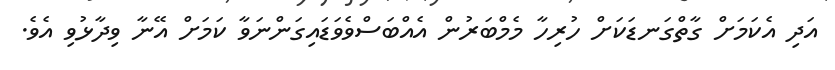
އަދި އެކަމަށް ގާތްގަނޑަކަށް ހުރިހާ މެމްބަރުން އެއްބަސްވެވަޑައިގަންނަވާ ކަމަށް އޭނާ ވިދާޅުވި އެވެ.